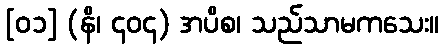
[၀၁] (နိ၊ ၄၀၄) အပိစ၊ သည်သာမကသေး။